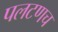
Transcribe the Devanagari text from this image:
पलटणच